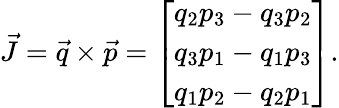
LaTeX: \begin{array}{r}{\vec{J}=\vec{q}\times\vec{p}=\left[\begin{array}{l}{q_{2}p_{3}-q_{3}p_{2}}\\ {q_{3}p_{1}-q_{1}p_{3}}\\ {q_{1}p_{2}-q_{2}p_{1}}\end{array}\right].}\end{array}